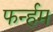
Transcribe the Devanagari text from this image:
फर्न्हम